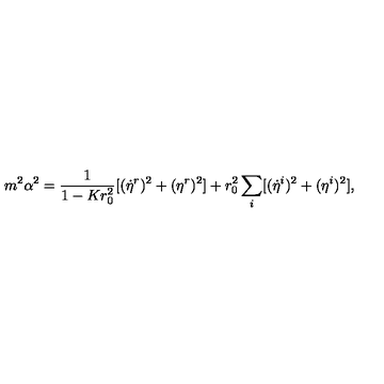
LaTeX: m ^ { 2 } \alpha ^ { 2 } = \frac { 1 } { 1 - K r _ { 0 } ^ { 2 } } [ ( \dot { \eta } ^ { r } ) ^ { 2 } + ( \eta ^ { r } ) ^ { 2 } ] + r _ { 0 } ^ { 2 } \sum _ { i } [ ( \dot { \eta } ^ { i } ) ^ { 2 } + ( \eta ^ { i } ) ^ { 2 } ] ,